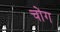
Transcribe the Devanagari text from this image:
चोग